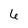
Character: 6